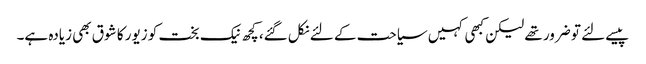
پیسے لئے تو ضرور تھے لیکن کبھی کہیں سیاحت کے لئے نکل گئے، کچھ نیک بخت کو زیور کا شوق بھی زیادہ ہے۔